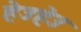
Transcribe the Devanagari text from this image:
हेउहेउ